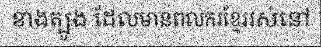
ខាងត្បូង ដែលមានពលករខ្មែររស់នៅ